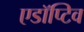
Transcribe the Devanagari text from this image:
एडॉप्टिव